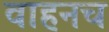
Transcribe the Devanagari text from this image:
वाहनच